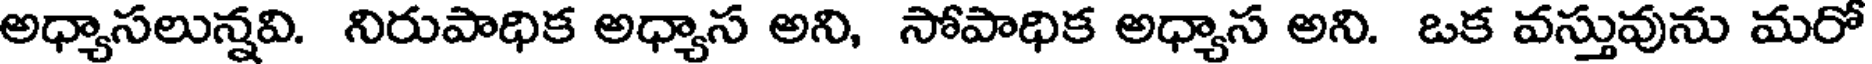
అధ్యాసలున్నవి. నిరుపాధిక అధ్యాస అని, సోపాధిక అధ్యాస అని. ఒక వస్తువును మరో